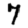
Digit: 7